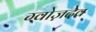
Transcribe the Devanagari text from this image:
ग्वोज़देव